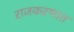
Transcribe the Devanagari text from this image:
राजकरणात